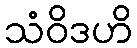
သံဝိဒဟိ